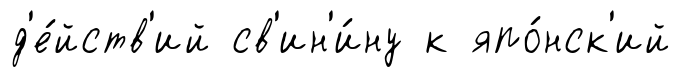
д'е́йств'ий св'ин'и́ну к япо́нск'ий